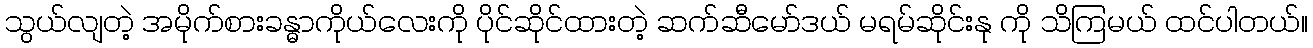
သွယ်လျတဲ့ အမိုက်စားခန္ဓာကိုယ်လေးကို ပိုင်ဆိုင်ထားတဲ့ ဆက်ဆီမော်ဒယ် မရမ်ဆိုင်းနု ကို သိကြမယ် ထင်ပါတယ်။